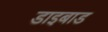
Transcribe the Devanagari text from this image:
डाइबाड